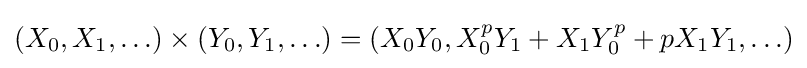
(X_{0},X_{1},\ldots )\times (Y_{0},Y_{1},\ldots )=(X_{0}Y_{0},X_{0}^{p}Y_{1}+X_{1}Y_{0}^{p}+pX_{1}Y_{1},\ldots )